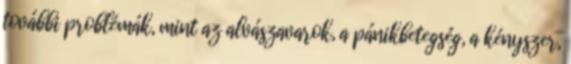
további problémák, mint az alvászavarok, a pánikbetegség, a kényszer,